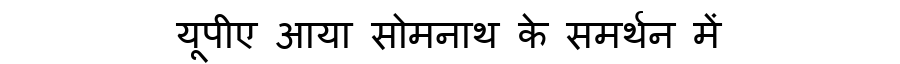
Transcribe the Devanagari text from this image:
यूपीए आया सोमनाथ के समर्थन में